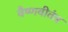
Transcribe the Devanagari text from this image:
वैष्णवीतंत्र